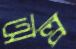
অল্প